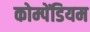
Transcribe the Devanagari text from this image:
कोम्पेंडियम